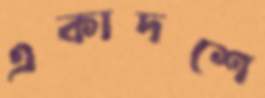
একাদশে